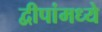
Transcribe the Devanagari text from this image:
द्वीपांमध्ये